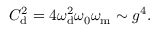
C _ { \mathrm { d } } ^ { 2 } = 4 \omega _ { \mathrm { d } } ^ { 2 } \omega _ { \mathrm { 0 } } \omega _ { \mathrm { m } } \sim g ^ { 4 } .